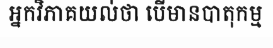
អ្នកវិភាគយល់ថា បើមានបាតុកម្ម